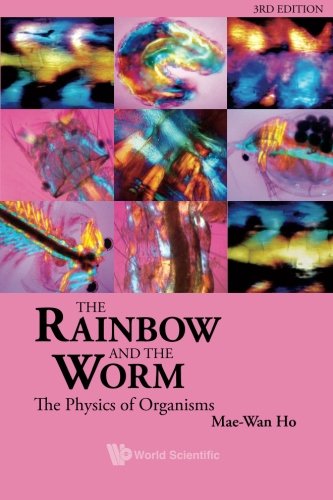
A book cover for The Rainbow and the Worm: The Physics of Organisms; Mae Wan Ho; Science & Math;